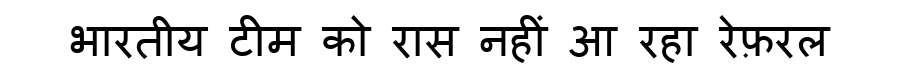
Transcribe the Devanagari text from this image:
भारतीय टीम को रास नहीं आ रहा रेफ़रल